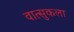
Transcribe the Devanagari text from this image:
वात्सुकला